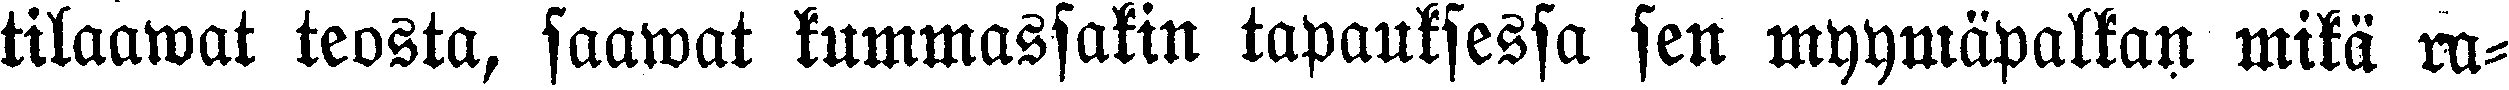
tilaawat teosta, saamat kummassakin tapauksessa sen myymäpalkan mitä ra-